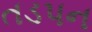
તડપન